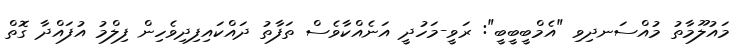
މައުލޫމާތު މުއްސަނދިވި "އެމްބީބީބީ": ރަވީ-މަހުދީ އަނެއްކާވެސް ތަފާތު ދައްކައިފިދިވެހިން ފިލްމު އުފައްދާ ގޮތް